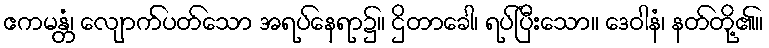
ဧကမန္တံ၊ လျောက်ပတ်သော အရပ်နေရာ၌။ ဌိတာခေါ၊ ရပ်ပြီးသော။ ဒေဝါနံ၊ နတ်တို့၏။